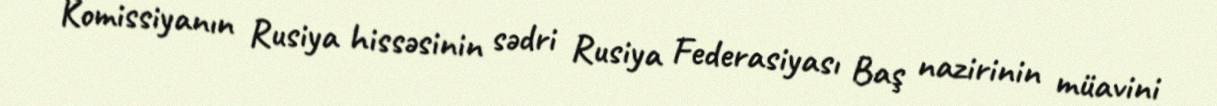
Komissiyanın Rusiya hissəsinin sədri Rusiya Federasiyası Baş nazirinin müavini